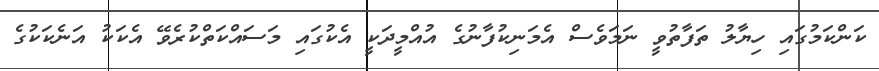
ކަންކަމުގައި ހިޔާލު ތަފާތުވީ ނަމަވެސް އެމަނިކުފާނުގެ އުއްމީދަކީ އެކުގައި މަސައްކަތްކުރެވޭ އެކަކު އަނެކަކުގެ